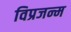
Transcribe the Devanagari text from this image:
विप्रजन्म